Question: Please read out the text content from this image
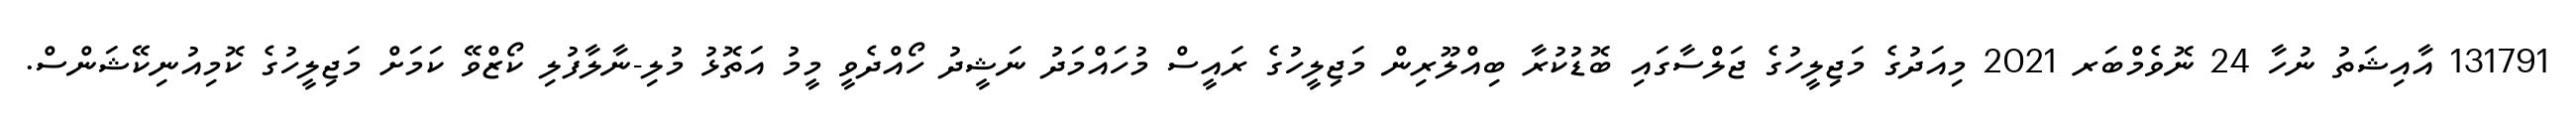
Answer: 131791 އާއިޝަތު ނުހާ 24 ނޮވެމްބަރ 2021 މިއަދުގެ މަޖިލީހުގެ ޖަލްސާގައި ބޮޑުކުރާ ބިއްލޫރިން މަޖިލީހުގެ ރައީސް މުހައްމަދު ނަޝީދު ހޯއްދެވީ މީމު އަތޮޅު މުލި-ނާލާފުލި ކޯޒްވޭ ކަމަށް މަޖިލީހުގެ ކޮމިއުނިކޭޝަންސް.